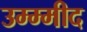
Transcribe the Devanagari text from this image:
उम्म्मीद